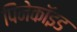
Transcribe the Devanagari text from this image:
पिनेकॉइड